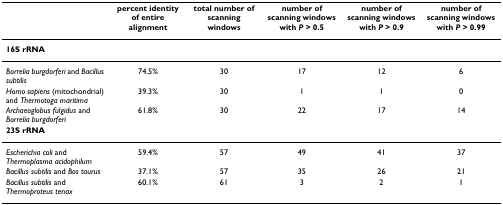
<table><thead><tr><td>[EMPTY_CELL]</td><td><b>percent identity of entire alignment</b></td><td><b>total number of scanning windows</b></td><td><b>number of scanning windows with <i>P </i>&gt; 0.5</b></td><td><b>number of scanning windows with <i>P </i>&gt; 0.9</b></td><td><b>number of scanning windows with <i>P </i>&gt; 0.99</b></td></tr></thead><tbody><tr><td colspan="6"><b>16S rRNA</b></td></tr><tr><td><i>Borrelia burgdorferi </i>and <i>Bacillus subtilis</i></td><td>74.5%</td><td>30</td><td>17</td><td>12</td><td>6</td></tr><tr><td><i>Homo sapiens </i>(mitochondrial) and <i>Thermotoga maritima</i></td><td>39.3%</td><td>30</td><td>1</td><td>1</td><td>0</td></tr><tr><td><i>Archaeoglobus fulgidus </i>and <i>Borrelia burgdorferi</i></td><td>61.8%</td><td>30</td><td>22</td><td>17</td><td>14</td></tr><tr><td colspan="6"><b>23S rRNA</b></td></tr><tr><td><i>Escherichia coli </i>and <i>Thermoplasma acidophilum</i></td><td>59.4%</td><td>57</td><td>49</td><td>41</td><td>37</td></tr><tr><td><i>Bacillus subtilis </i>and <i>Bos taurus</i></td><td>37.1%</td><td>57</td><td>35</td><td>26</td><td>21</td></tr><tr><td><i>Bacillus subtilis </i>and <i>Thermoproteus tenax</i></td><td>60.1%</td><td>61</td><td>3</td><td>2</td><td>1</td></tr></tbody></table>